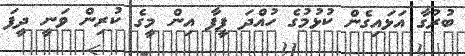
ބުރުގާ އަޅައިގެން ކުޅުމުގެ ހުއްދަ ފީފާ އިން މީގެ ކުރިން ވަނީ ދީފަ